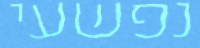
נפשעי